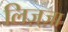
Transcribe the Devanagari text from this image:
लिज़्ज़ा